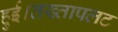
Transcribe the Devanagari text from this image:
हुई।तख्तापलट